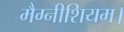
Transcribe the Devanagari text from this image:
मैग्नीशियम।